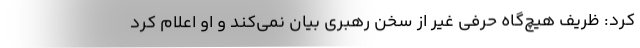
کرد: ظریف هیچ‌گاه حرفی غیر از سخن رهبری بیان نمی‌کند و او اعلام کرد